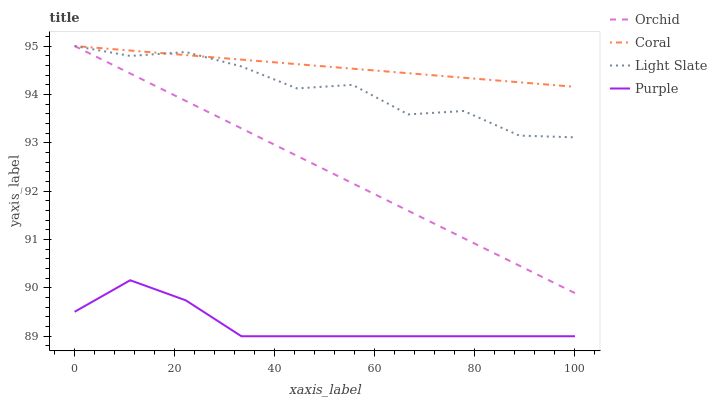
| xaxis_label | Orchid | Coral | Light Slate | Purple |
 | --- | --- | --- | --- | --- |
 | 0 | 95 | 95 | 95 | 89.5 |
 | 11.1 | 94.4 | 94.9 | 94.8 | 90.2 |
 | 22.2 | 93.9 | 94.8 | 94.9 | 89.7 |
 | 33.3 | 93.3 | 94.7 | 94.6 | 89 |
 | 44.4 | 92.7 | 94.6 | 94.1 | 89 |
 | 55.6 | 92.2 | 94.5 | 94.2 | 89 |
 | 66.7 | 91.6 | 94.4 | 93.6 | 89 |
 | 77.8 | 91 | 94.3 | 93.7 | 89 |
 | 88.9 | 90.5 | 94.3 | 93.1 | 89 |
 | 100 | 89.9 | 94.2 | 93.1 | 89 |